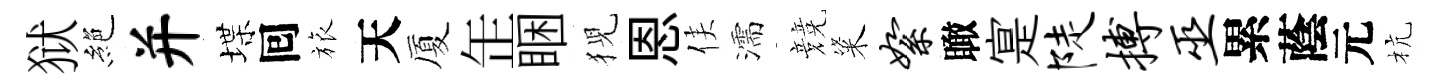
狱絶并堞囘旅天厦𦈢睏猊恩侯濡競粢絮瞰寔陡搏巫累蔭元杭